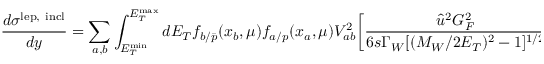
{ \frac { d \sigma ^ { \mathrm { l e p , \ i n c l } } } { d y } } = \sum _ { a , b } \int _ { E _ { T } ^ { \mathrm { m i n } } } ^ { E _ { T } ^ { \mathrm { m a x } } } d E _ { T } f _ { b / { \bar { p } } } ( x _ { b } , \mu ) f _ { a / p } ( x _ { a } , \mu ) V _ { a b } ^ { 2 } \biggl [ { \frac { \hat { u } ^ { 2 } G _ { F } ^ { 2 } } { 6 s \Gamma _ { W } [ ( M _ { W } / 2 E _ { T } ) ^ { 2 } - 1 ] ^ { 1 / 2 } } } \biggr ] ,